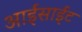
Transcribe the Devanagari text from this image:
आईसाईट